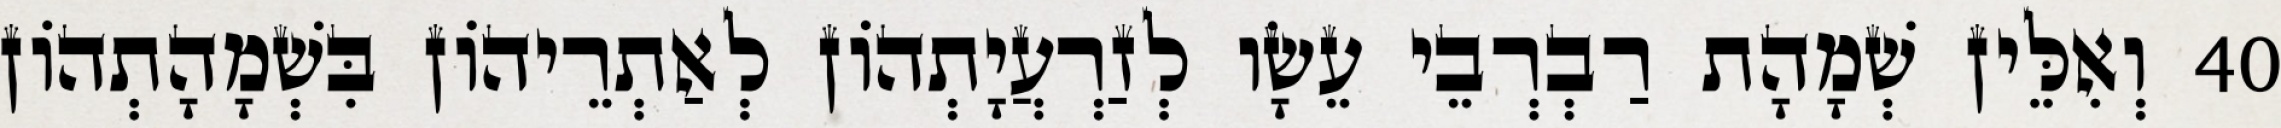
40 וְאִלֵּין שְׁמָהָת רַבְרְבֵי עֵשָׂו לְזַרְעֲיָתְהוֹן לְאַתְרֵיהוֹן בִּשְׁמָהָתְהוֹן